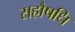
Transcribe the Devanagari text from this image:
सहौषधि